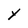
Character: Y